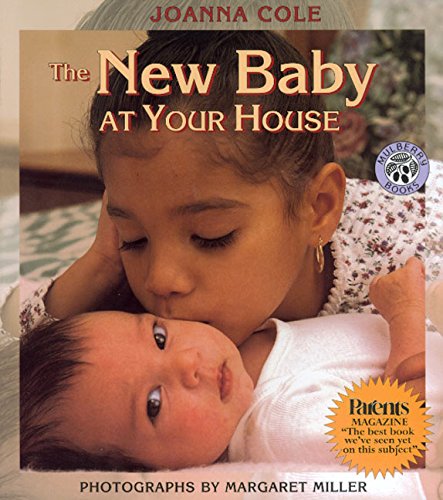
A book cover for The New Baby at Your House; Joanna Cole; Parenting & Relationships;